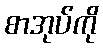
စာအုပ်ကို